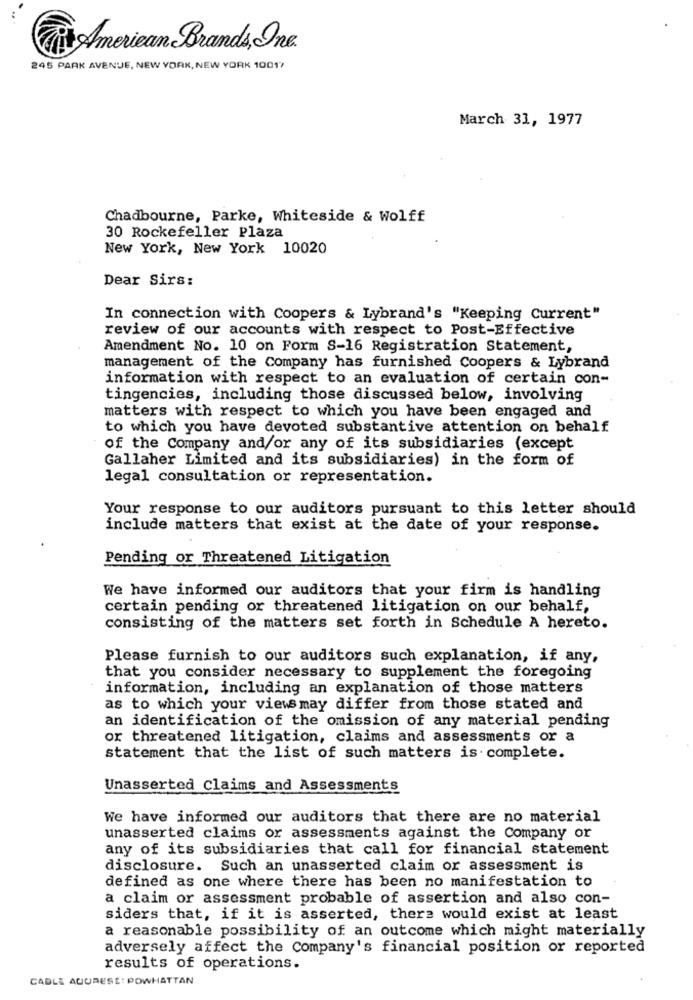
ÈAmerican Brands, Ine.
245 PARK AVENUE, NEW YORK, NEW YORK 1001"
March 31, 1977
Chadbourne, Parke, Whiteside & Wolff
30 Rockefeller Plaza
New York, New York 10020
Dear Sirs:
In connection with Coopers & Lybrand's "Keeping Current"
review of our accounts with respect to Post-Effective
Amendment No. 10 on Form S-16 Registration Statement,
management of the Company has furnished Coopers & Lybrand
information with respect to an evaluation of certain con-
tingencies, including those discussed below, involving
matters with respect to which you have been engaged and
to which you have devoted substantive attention on behalf
of the Company and/or any of its subsidiaries (except
Gallaher Limited and its subsidiaries) in the form of
legal consultation or representation.
Your response to our auditors pursuant to this letter should
include matters that exist at the date of your response.
Pending or Threatened Litigation
We have informed our auditors that your firm is handling
certain pending or threatened litigation on our behalf,
consisting of the matters set forth in Schedule A hereto.
Please furnish to our auditors such explanation, if any,
that you consider necessary to supplement the foregoing
information, including an explanation of those matters
as to which your views may differ from those stated and
an identification of the omission of any material pending
or threatened litigation, claims and assessments or a
statement that the list of such matters is complete.
Unasserted Claims and Assessments
We have informed our auditors that there are no material
unasserted claims or assessments against the Company or
any of its subsidiaries that call for financial statement
disclosure. Such an unasserted claim or assessment is
defined as one where there has been no manifestation to
a claim or assessment probable of assertion and also con-
siders that, if it is asserted, there would exist at least
a reasonable possibility of an outcome which might materially
adversely affect the Company's financial position or reported
results of operations.
CABLE ACURESE: POWHATTAN